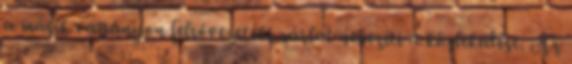
a másik vágányon felsővezetéki zárlat nehezíti a közlekedést. Az